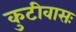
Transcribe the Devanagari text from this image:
कुटीवासः